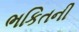
ભકિતની